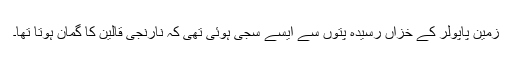
زمین پاپولر کے خزاں رسیدہ پتوں سے ایسے سجی ہوئی تھی کہ نارنجی قالین کا گمان ہوتا تھا۔